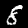
Digit: 8